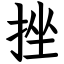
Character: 挫